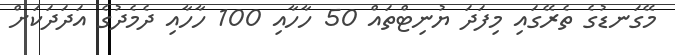
މޭގަނޑުގެ ތެރޭގައި މިފަދަ ޔުނިޓްތައް 50 ހާހާއި 100 ހާހާއި ދެމެދުގެ އަދަދަކަށް